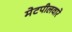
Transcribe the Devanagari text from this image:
मेटपीलवारे